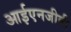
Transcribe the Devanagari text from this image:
आईएनजीवी